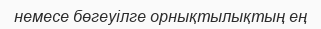
немесе бөгеуілге орнықтылықтың ең